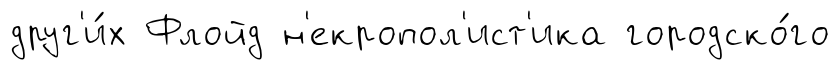
друг'и́х Флойд н'екропол'ист'ика городско́го